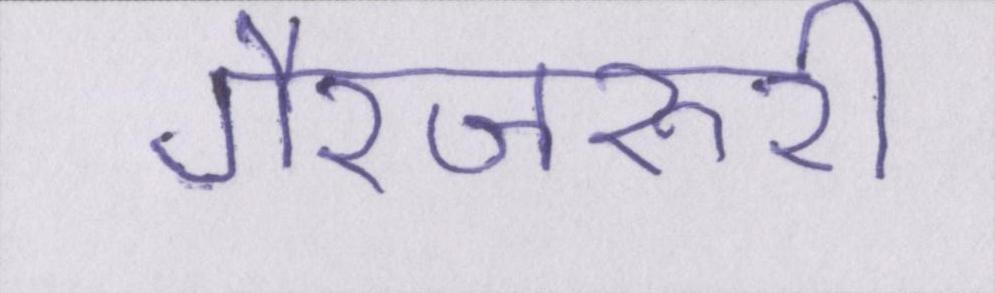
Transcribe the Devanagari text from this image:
गैरजरूरी